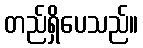
တည်ရှိပေသည်။